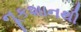
નૂકશાનથી